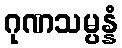
ဂုဏသမ္ပန္နံ